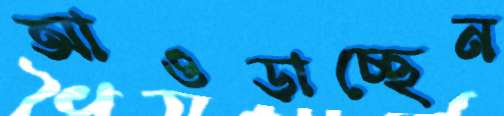
আওড়াচ্ছেন